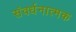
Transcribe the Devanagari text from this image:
संवर्धनात्‍मक